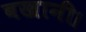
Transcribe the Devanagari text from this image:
बखानी।